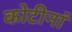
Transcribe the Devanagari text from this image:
कोटीनां